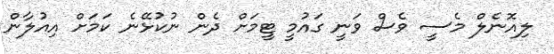
ލިއޮނެލް މެސީ ވެސް ވަނީ ގައުމީ ޓީމަށް ދެން ނުކުޅޭނެ ކަމަށް އިއުލާން